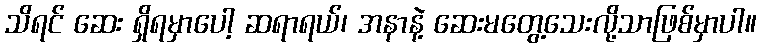
သိရင် ဆေး ရှိရမှာပေါ့ ဆရာရယ်၊ အနာနဲ့ ဆေးမတွေ့သေးလို့သာဖြစ်မှာပါ။